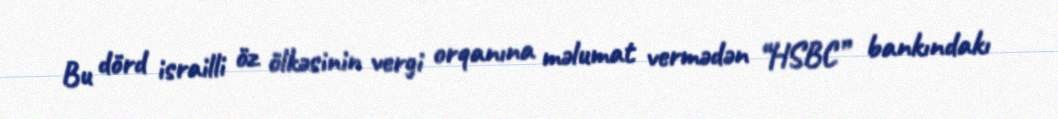
Bu dörd israilli öz ölkəsinin vergi orqanına məlumat vermədən “HSBC” bankındakı